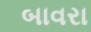
બાવરા